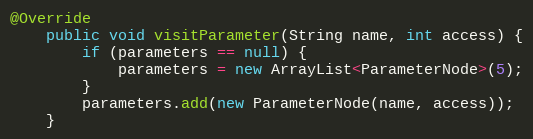
Language: Java
@Override
    public void visitParameter(String name, int access) {
        if (parameters == null) {
            parameters = new ArrayList<ParameterNode>(5);
        }
        parameters.add(new ParameterNode(name, access));
    }